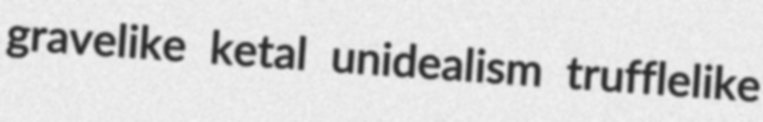
gravelike ketal unidealism trufflelike